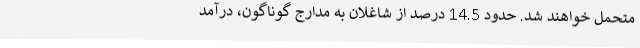
متحمل خواهند شد. حدود 14.5 درصد از شاغلان به مدارج گوناگون، درآمد